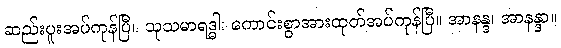
ဆည်းပူးအပ်ကုန်ပြီ။ သုသမာရဒ္ဓါ၊ ကောင်းစွာအားထုတ်အပ်ကုန်ပြီ။ အာနန္ဒ၊ အာနန္ဒာ။